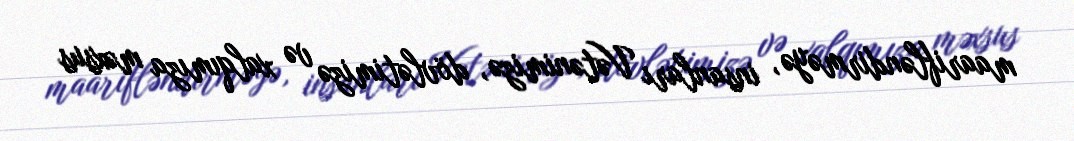
maarifləndirməyə, insanları Vətənimizə, dövlətimizə və xalqımıza məxsus